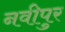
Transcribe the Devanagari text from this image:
नवीपुर